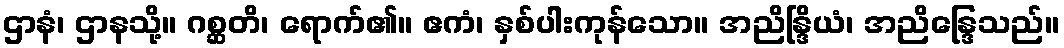
ဌာနံ၊ ဌာနသို့။ ဂစ္ဆတိ၊ ရောက်၏။ ဧကံ၊ နှစ်ပါးကုန်သော။ အညိန္ဒြိယံ၊ အညိန္ဒြေသည်။